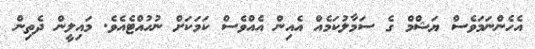
އެހެންނަމަވެސް ޔަޝްމް ގެ ސަމާލުކަމެއް އެއިން އެއްވެސް ކަމަކަށް ނުހުއްޓެއެވެ. މައިލީން ދެތިން